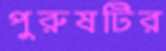
পুরুষটির